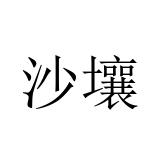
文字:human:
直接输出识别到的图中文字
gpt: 沙壤